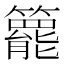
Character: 𥶓